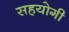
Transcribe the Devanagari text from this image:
सहयाेगी